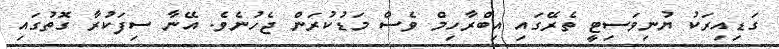
ގަޑިއިރަކު ޔުނިވަސިޓީ ތެރޭގައި އިބްރާހިމް ވެސް މަޑުކުރަން ޖެހުނެވެ. އޭނާ ސިފަކުރާ ގޮތުގައި